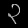
Digit: ၃